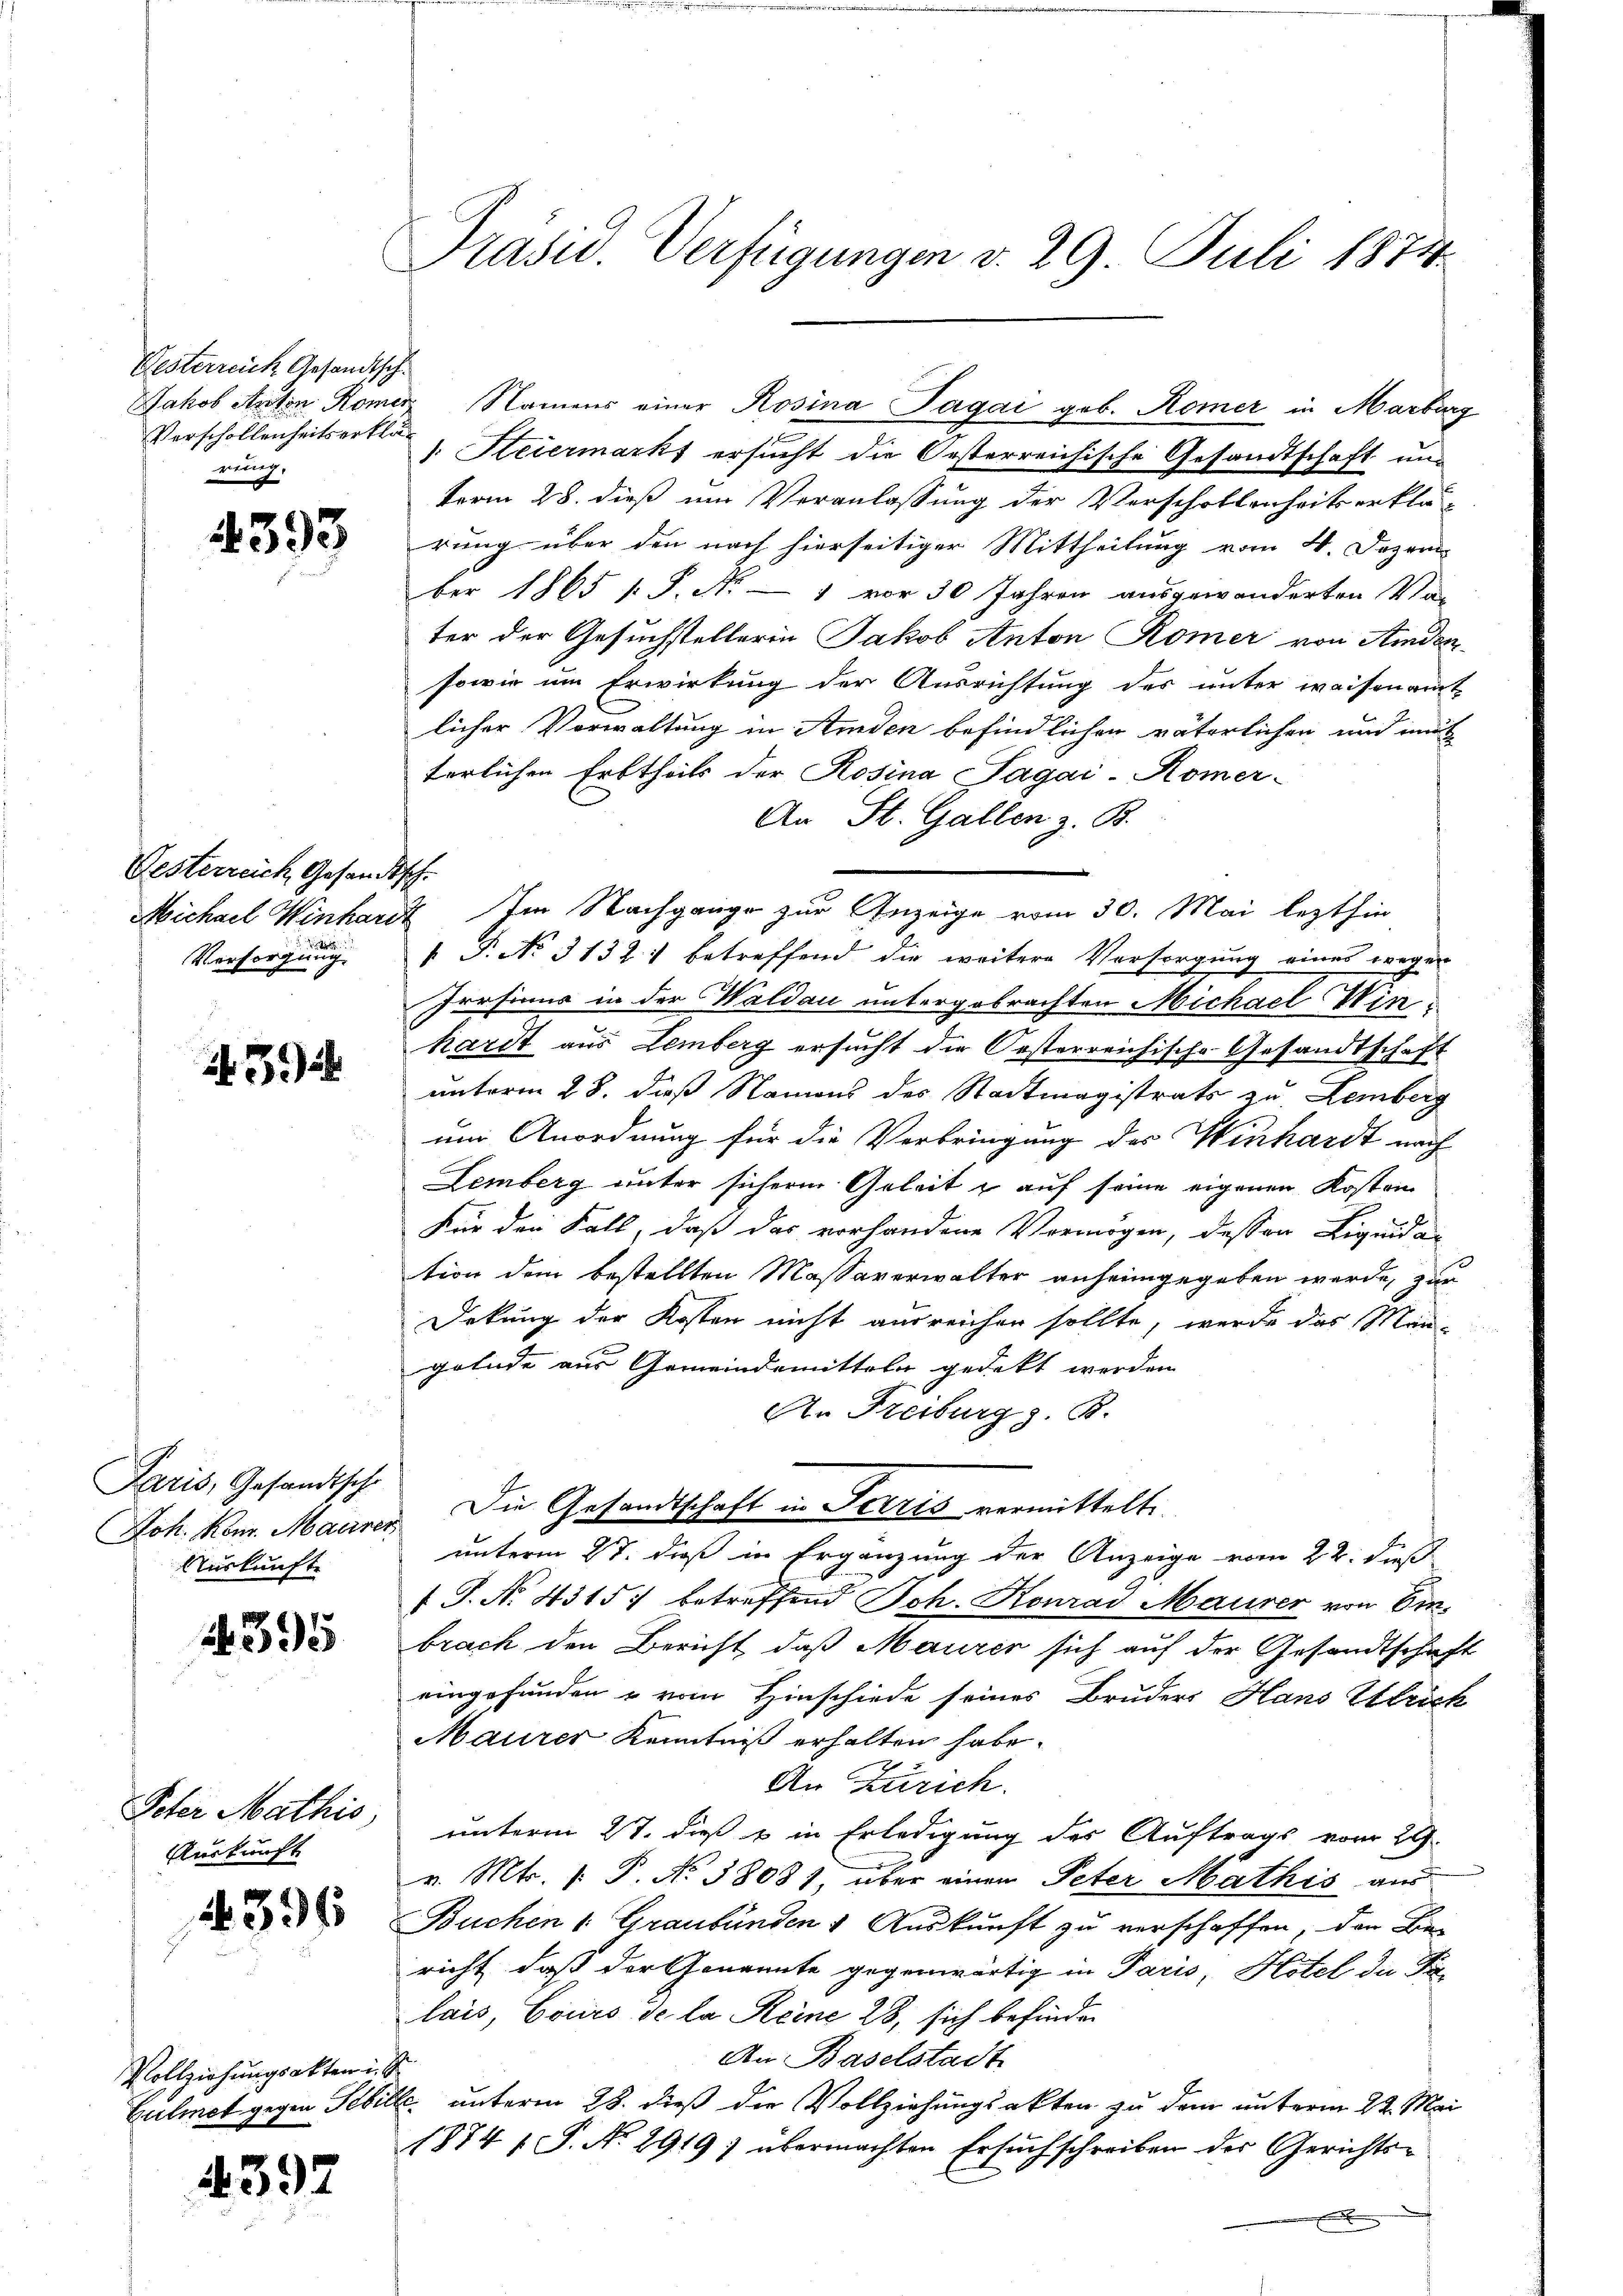
Gesterreich Gesandtsche
Jakob Anton Römer
Verschollenheitserklä-
rung.

393

Gesterreich Gesandts
Michael Winhard
Versorgung

5

Paris, Gesandtsche
Joh. Kom. Maurer
Auskunfte

1395

Peter Mathis
Auskunft

1396

Vollziehungsakten u. S
Culmet gegen Gebille

4392

Präsid. Verfügungen v. 29 Juli 1874.

s

1. Heiermarkt ersucht die Oesterreichische Gesandtschaft un
term 28. dieß um Veranlassung der Verschollenheits erklä-
rung über den nach hierseitiger Mittheilung vom 4. Dezem
ber 1865 s. S. Nr. — 1 vor 30 Jahren ausgewänderten Va-
ter der Gesuchstellerin Jakob Anton Römer von Amden
sowie um Erwirkung der Ausrichtung des unter waisenamt
licher Verwaltung in Amden befindlichen väterlichen und mut
terlichen Erbtheils der Rosina Sagai-Römer-
An St. Gallen z. B.
.
Im Nachgange zur Anzeige vom 30. Mai lezthin
 P. No. 3132: betreffend die weitere Versorgung eines wegen
Irrsinur in der Waldau untergebrachten Michael Winhardt aus Lemberg ersucht die Orsterreichische Gesandtschaft
unterm 28. dieß Namens des Stadtmagistrats zu Lemberg
um Anordnung für die Verbringung des Winhardt nach
Lemberg unter sichern Geleitz auf seine eigenen Kosten
Für den Fall, daß das vorhandene Vermögen, dessen Liquidation dem bestellten Massaverwalter anheimgegeben werde, zur
Dekung der Kosten nicht ausreichen sollte, werde das Mangelnde aus Gemeindemitteln gedeckt werden.
An Freiburg z. B.
Die Gesandtschaft in Terris vermittelte.
unterm 27. daß in Ergänzung der Anzeige vom 22. dieß
 J. No. 43157 betreffend Joh. Konrad Maurer von Em-
brach den Bericht, daß Maurer sich auf der Gesandtschaft
eingefunden u vom Hinschiede seines Bruders Hans Estrich
Maurer Kenntniß erhalten habe.
An Zürich.
unterm 27. dieß & in Erledigung des Auftrags vom 29.
v. Mts. f. P. No 38081, über einen Peter Mathis aus
Buchen 1 Graubünden & Auskunft zu verschaffen, den Be
richt, daß der Genannte gegenwärtig in Paris, Hotel die Filais, Cours de la Reine 28, sich befinden
An Baselstadt
 unterm 28. dieß die Vollziehungsakten zu dem unterm 22. Mai
1874 / P. No 2919) übermachten Ersuchschreiben der Gerichts-
x

Namens einer Rosina Pagai geb. Komer in Marburg